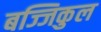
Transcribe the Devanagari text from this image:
बज्जिकुल